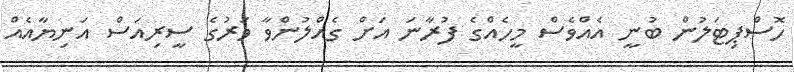
ހޮސްޕިޓަލުން ބުނީ އެއްވެސް މީހެއްގެ ފުރާނަ އަށް ގެއްލުންވާ ވަރުގެ ސީރިއަސް އަނިޔާއެއް